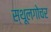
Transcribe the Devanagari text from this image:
स्थूलगोचर